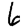
Digit: 6